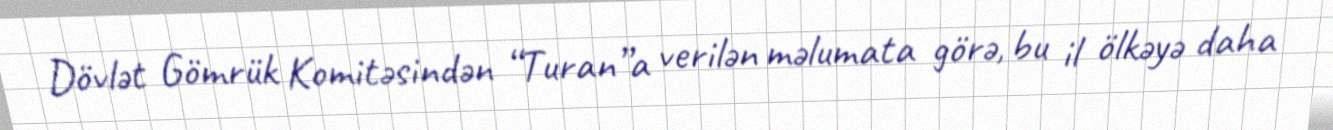
Dövlət Gömrük Komitəsindən “Turan”a verilən məlumata görə, bu il ölkəyə daha